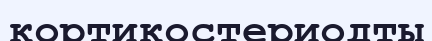
кортикостериодты